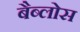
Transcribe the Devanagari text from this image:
बैब्लोस